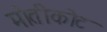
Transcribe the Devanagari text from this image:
मोतीकोट